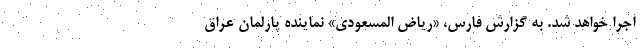
اجرا خواهد شد. به گزارش فارس، «ریاض المسعودی» نماینده پارلمان عراق